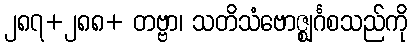
၂၈၇+၂၈၈+ တဗ္ဗာ၊ သတိသံဗောဇ္ဈင်္ဂစသည်ကို